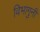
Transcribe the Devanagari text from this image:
विभागुनी